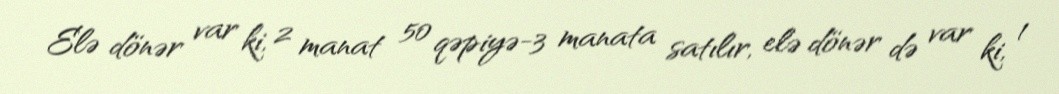
Elə dönər var ki, 2 manat 50 qəpiyə-3 manata satılır, elə dönər də var ki, 1